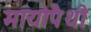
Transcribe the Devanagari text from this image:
मायोपैथी